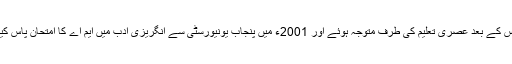
اس کے بعد عصری تعلیم کی طرف متوجہ ہوئے اور 2001ء میں پنجاب یونیورسٹی سے انگریزی ادب میں ایم اے کا امتحان پاس کیا۔